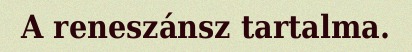
A reneszánsz tartalma.